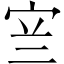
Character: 𭓨